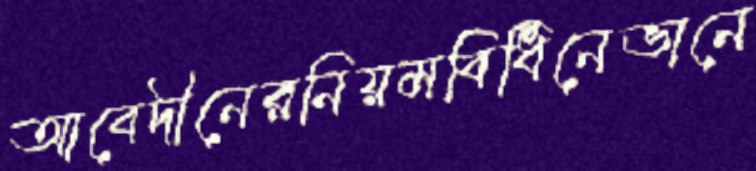
আবেদীনেরনিয়মবিধিনেভানে